Treatise on elephants
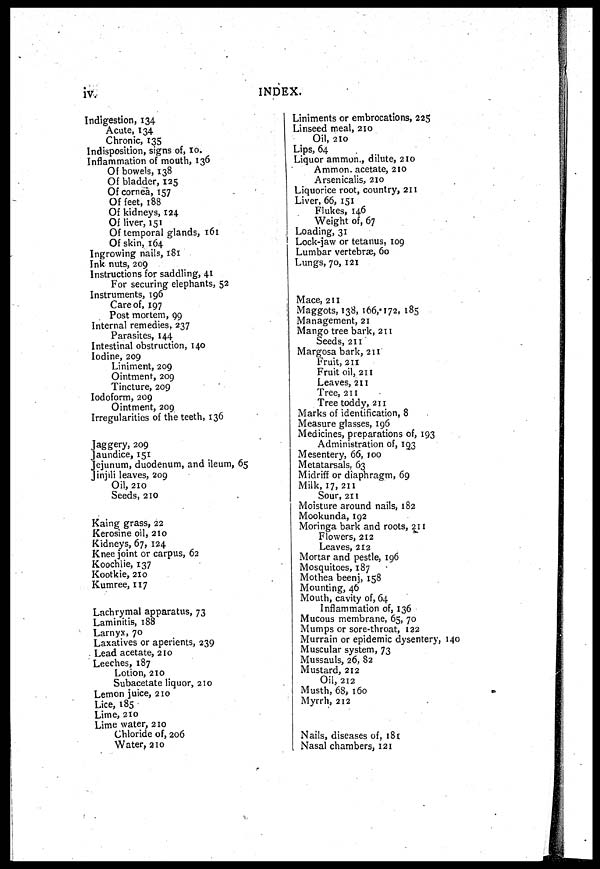
iv.
INDEX.
Indigestion, 134
Acute, 134
Chronic, 135
Indisposition, signs of, 10.
Inflammation of mouth, 136
Of bowels, 138
Of bladder, 125
Of cornea, 157
Of feet, 188
Of kidneys, 124
Of liver, 151
Of temporal glands, 161
Of skin, 164
Ingrowing nails, 181
Ink nuts, 209
Instructions for saddling, 41
For securing elephants, 52
Instruments, 196
Care of, 197
Post mortem, 99
Internal remedies, 237
Parasites, 144
Intestinal obstruction, 140
Iodine, 209
Liniment, 209
Ointment, 209
Tincture, 209
Iodoform, 209
Ointment, 209
Irregularities of the teeth, 136
Jaggery, 209
Jaundice, 151
Jejunum, duodenum, and ileum, 65
Jinjili leaves, 209
Oil, 210
Seeds, 210
Kaing grass, 22
Kerosine oil, 210
Kidneys, 67, 124
Knee joint or carpus, 62
Koochlie, 137
Kootkie, 210
Kumree, 117
Lachrymal apparatus, 73
Laminitis, 188
Larnyx, 70
Laxatives or aperients, 239
Lead acetate, 210
Leeches, 187
Lotion, 210
Subacetate liquor, 210
Lemon juice, 210
Lice, 185
Lime, 210
Lime water, 210
Chloride of, 206
Water, 310
Liniments or embrocations, 225
Linseed meal, 210
Oil, 210
Lips, 64
Liquor ammon., dilute, 210
Ammon. acetate, 210
Arsenicalis, 210
Liquorice root, country, 211
Liver, 66, 151
Flukes, 146
Weight of, 67
Loading, 31
Lock-jaw or tetanus, 109
Lumbar vertebræ, 60
Lungs, 70, 121
Mace, 211
Maggots, 138, 166,172, 185
Management, 21
Mango tree bark, 211
Seeds, 211
Margosa bark, 211
Fruit, 211
Fruit oil, 211
Leaves, 211
Tree, 211
Tree toddy, 211
Marks of identification, 8
Measure glasses, 196
Medicines, preparations of, 193
Administration of, 193
Mesentery, 66, 100
Metatarsals. 63
Midriff or diaphragm, 69
Milk, 17, 211
Sour, 211
Moisture around nails, 182
Mookunda, 192
Moringa bark and roots, 211
Flowers, 212
Leaves, 212
Mortar and pestle, 196
Mosquitoes, 187
Mothea beenj, 158
Mounting, 46
Mouth, cavity of, 64
Inflammation of, 136
Mucous membrane, 65, 70
Mumps or sore-throat, 122
Murrain or epidemic dysentery, 140
Muscular system, 73
Mussauls, 26, 82
Mustard, 212
Oil, 212
Musth, 68, 160
Myrrh, 212
Nails, diseases of, 181
Nasal chambers, 121